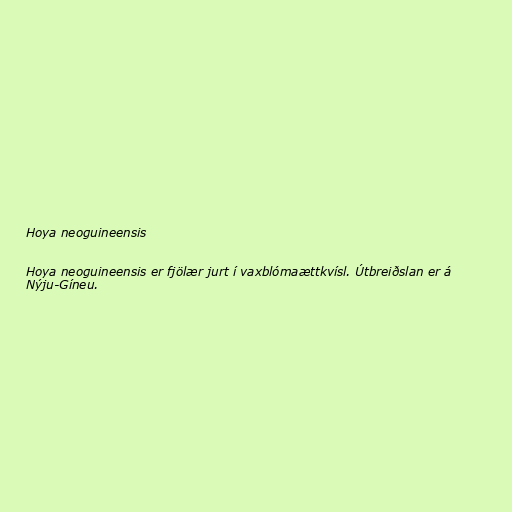
Hoya neoguineensis

Hoya neoguineensis er fjölær jurt í vaxblómaættkvísl. Útbreiðslan er á
Nýju-Gíneu.